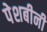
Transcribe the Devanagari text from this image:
पेशबीनी